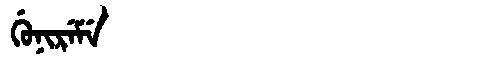
Manchu: ᡤᡠᠨᡳᡵᡝᠮᡝ
Romanization: GUNIREME